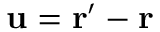
\ensuremath { \mathbf { u } } = \ensuremath { \mathbf { r } } ^ { \prime } - \ensuremath { \mathbf { r } }